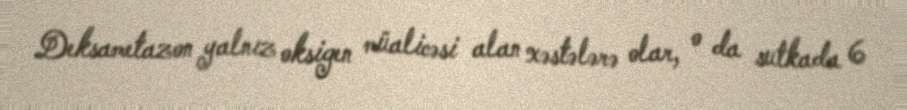
Deksametazon yalnız oksigen müalicəsi alan xəstələrə olar, o da sutkada 6